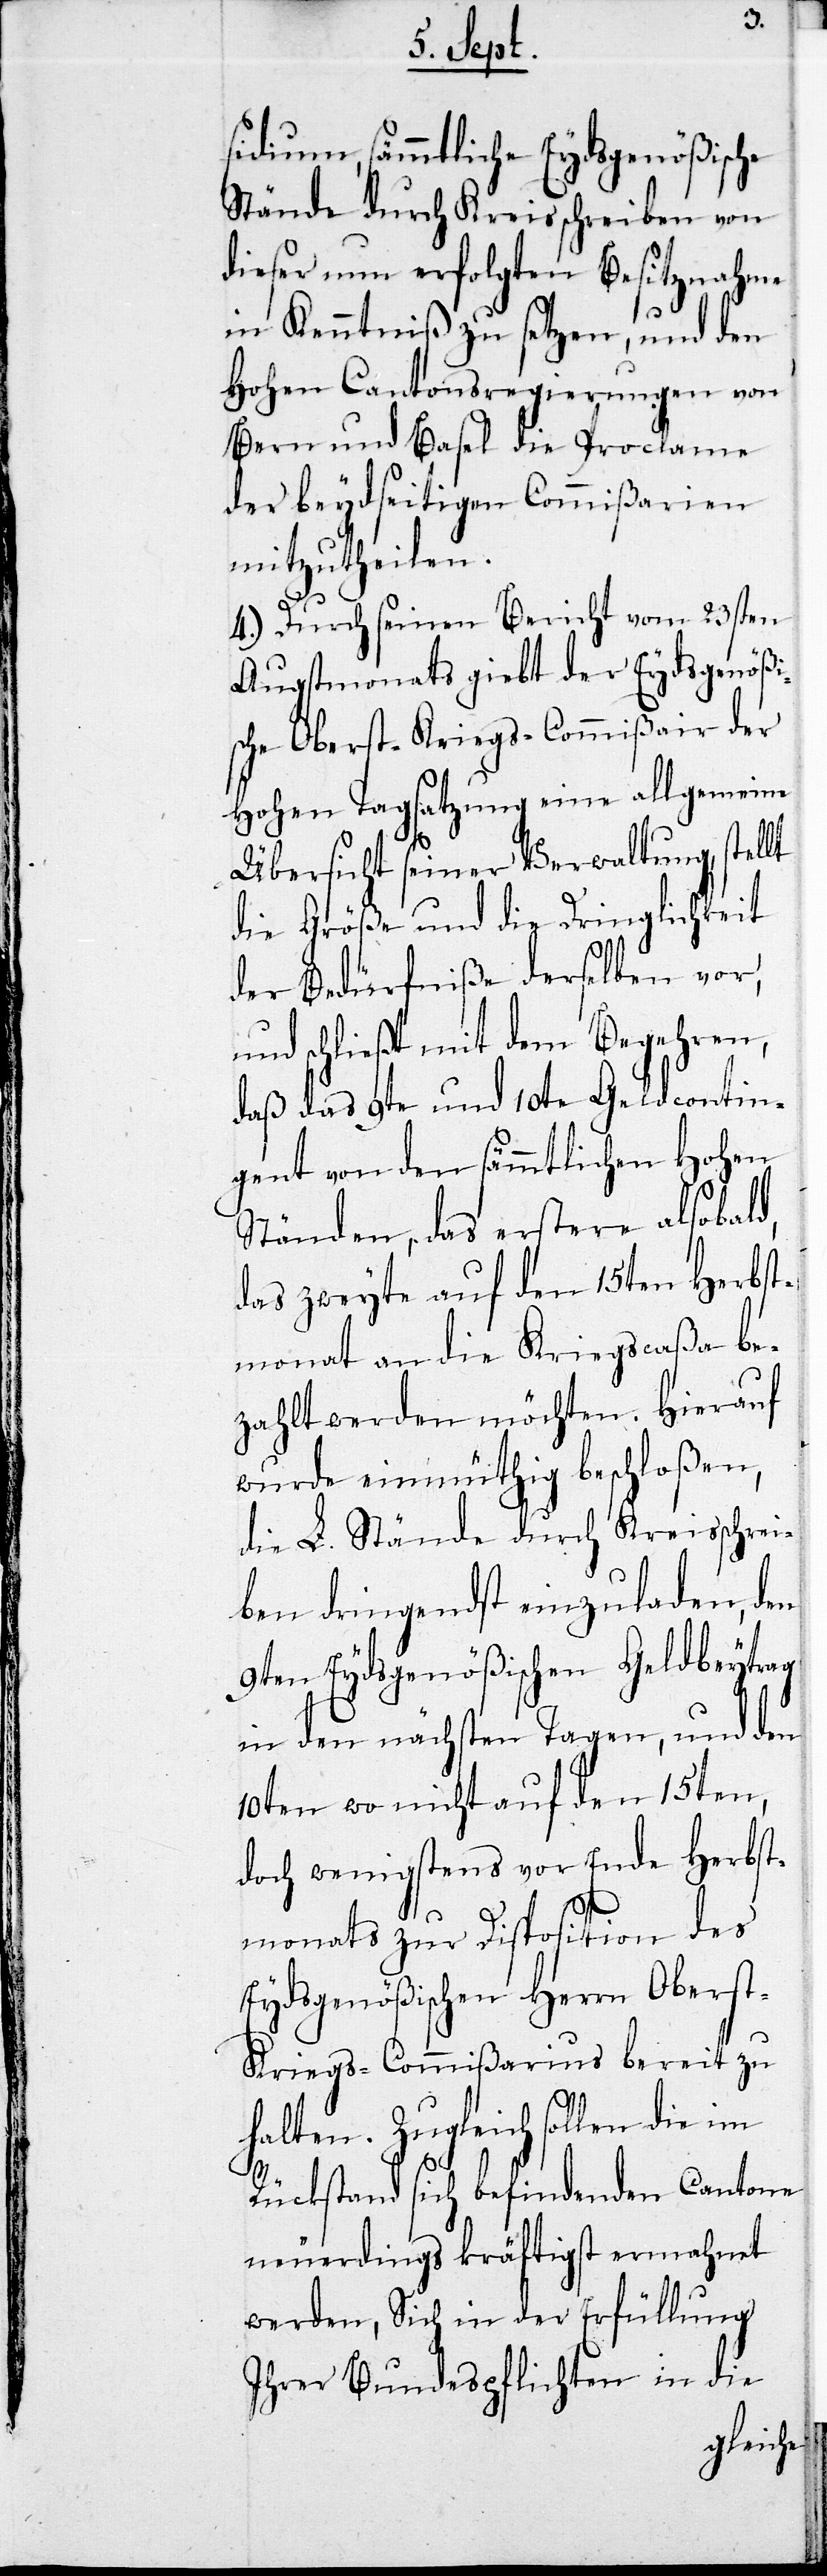
sidium, sämmtliche Eydsgenößische
Stände durch Kreisschreiben von
dieser nun erfolgten Besitznahme
in Kenntniß zu setzen, und den
Hohen Cantonsregierungen von
Bern und Basel die Proclama
der beydseitigen Commißarien
mitzutheilen.
4.) Durch seinen Bericht von 23sten
Augstmonats giebt der Eydsgenößi¬
sche Oberst-Kriegs-Commißair der
Hohen Tagsatzung eine allgemeine
Übersicht seiner Verwaltung, stellt
die Größe und die Dringlichkeit
der Bedürfniße derselben vor,
und schließt mit dem Begehren,
daß das 9te und 10te Geldcontin¬
gent von den sämmtlichen Hohen
Ständen, das erstere alsobald,
das zweyte auf den 15ten Herbst¬
monat an die Kriegscaßa be¬
zahlt werden möchten. Hierauf
wurde einmüthig beschloßen,
die L. Stände durch Kreisschrei¬
ben dringendst einzuladen, den
9ten Eydsgenößischen Geldbeytrag
in den nächsten Tagen, und den
10ten wo nicht auf den 15ten,
doch wenigstens vor Ende Herbst¬
monats zur Disposition des
Eydsgenößischen Herrn Obers¬
t-Kriegs-Commißarius bereit zu
halten. Zugleich sollen die im
Rückstand sich befindenden Cantone
neuerdings kräftigst ermahnet
werden, Sich in der Erfüllung
Ihrer Bundespflichten in die